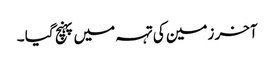
آخر زمین کی تہہ میں پہنچ گیا ۔